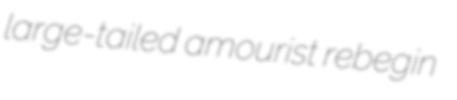
large-tailed amourist rebegin